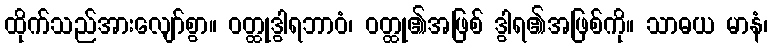
ထိုက်သည်အားလျော်စွာ။ ဝတ္ထုဒွါရဘာဝံ၊ ဝတ္ထု၏အဖြစ် ဒွါရ၏အဖြစ်ကို။ သာဓယ မာနံ၊